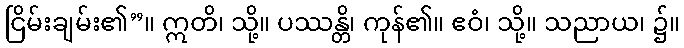
ငြိမ်းချမ်း၏”။ ဣတိ၊ သို့။ ပဿန္တိ၊ ကုန်၏။ ဧဝံ၊ သို့။ သညာယ၊ ၌။